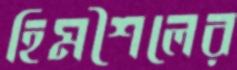
হিমশৈলের